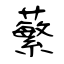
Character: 蘩